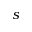
s